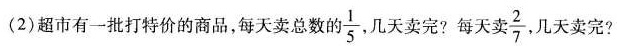
(2)超市有一批打特价的商品，每天卖总数的\frac{1}{5}几天卖完?每天卖 \frac{2}{7}几天卖完?